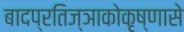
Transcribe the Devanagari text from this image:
बादप्रतिज्ञाकोकृष्णासे